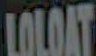
LOLOAT